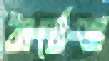
বার্থেজ